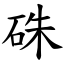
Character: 硃